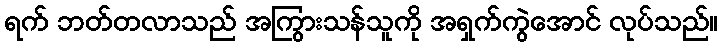
ရက် ဘတ်တလာသည် အကြွားသန်သူကို အရှက်ကွဲအောင် လုပ်သည်။